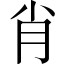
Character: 肖